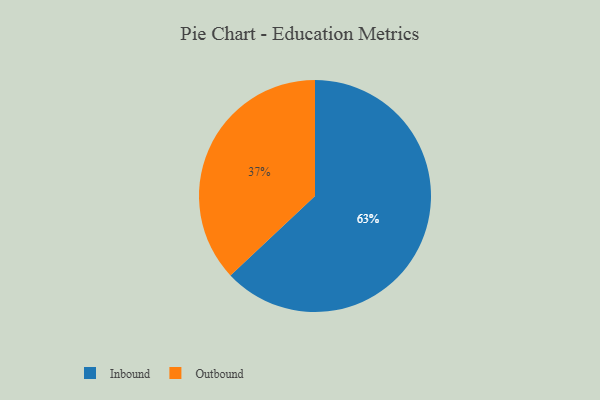
{"axis": {"x": "Category", "y": "Percentage"}, "legend": ["Inbound", "Outbound"], "data": [{"x": "Outbound", "y": 37, "type": "Outbound"}, {"x": "Inbound", "y": 63, "type": "Inbound"}]}